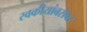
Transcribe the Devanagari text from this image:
स्वकीयांबरोबर